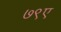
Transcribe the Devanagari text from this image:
७९ए